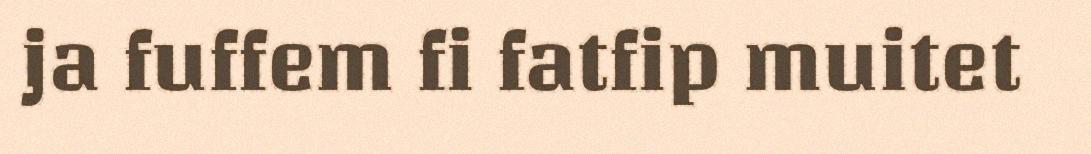
ja fuffem fi fatfip muitet